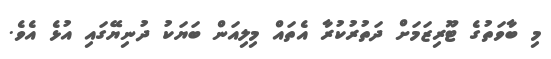
މި ބާވަތުގެ ޓޫރިޒަމަށް ދަތުރުކުރާ އެތައް މިލިއަން ބަޔަކު ދުނިޔޭގައި އުޅެ އެވެ.